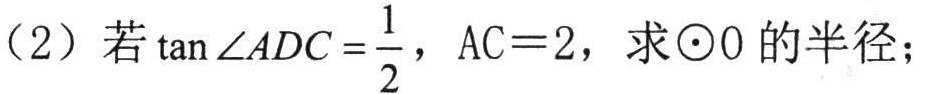
（2）若\(\tan\angle ADC = \frac{1}{2}\)，\(AC = 2\)，求\(\odot O\)的半径；